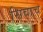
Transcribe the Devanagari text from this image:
सिवाच